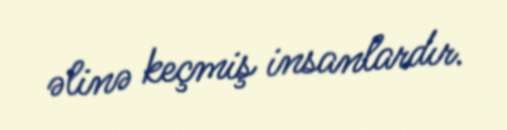
əlinə keçmiş insanlardır.